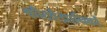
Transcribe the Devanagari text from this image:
कीटवैज्ञानिकों